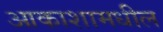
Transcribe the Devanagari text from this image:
आकाशामधील